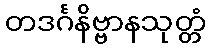
တဒင်္ဂနိဗ္ဗာနသုတ္တံ